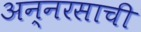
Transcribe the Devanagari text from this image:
अन्नरसाची